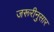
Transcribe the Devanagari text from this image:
जरूरीनुसार